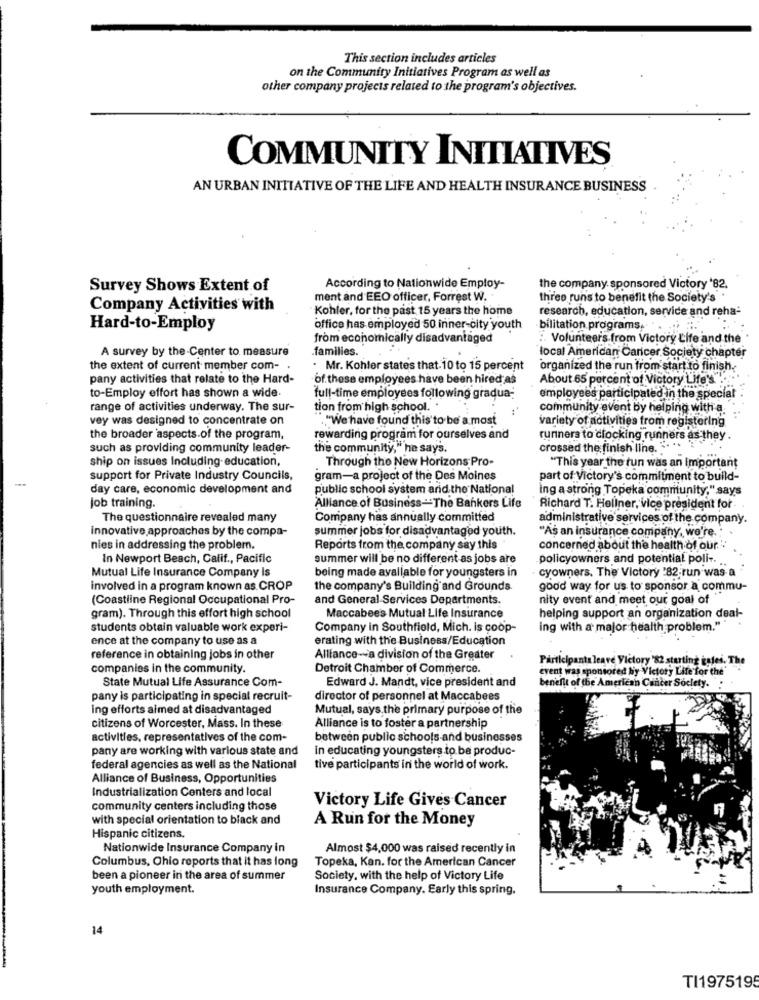
This section includes articles
on the Community Initiatives Program as well as
other company projects related to the program's objectives.
COMMUNITY INITIATIVES
AN URBAN INITIATIVE OF THE LIFE AND HEALTH INSURANCE BUSINESS
Survey Shows Extent of
According to Nationwide Employ-
the company. sponsored Victory '82.
ment and EEO officer, Forrest W.
three runs to benefit the Society's
Company Activities with
Kohler, for the past 15 years the home
research, education, service and reha-
Hard-to-Employ
office has employed 50 inner-city youth
bilitation programs,
from economically disadvantaged
:. Volunteers from Victory Life and the
A survey by the-Center to measure
families.
local American Cancer Society chapter
the extent of current member com- .
. Mr. Kohler states that. 10 to 15 percent
organized the run from start to finish.
pany activities that relate to the Hard-
of. these employees have been hired as
About 65 percent of Victory Life's
to-Employ effort has shown a wide.
full-time employees following gradua-
employees participated in the special
range of activities underway. The sur-
tion from high school. .
community event by helping with a
vey was designed to concentrate on
"."We have found this to be a most
variety of activities from registering
the broader aspects of the program,
rewarding program for ourselves and
runners to clocking runners as they
such as providing community leader-
the community," he says.
crossed the finish line. . "
ship on issues Including education,
Through the New Horizons Pro-
"This year the run was an Important
support for Private Industry Councils,
gram-a project of the Des Moines
part of Victory's commitment to build-
day care, economic development and
public school system and the National
ing a strong Topeka community," says
Job training.
Alliance of Business -- The Bankers Life
Richard T. Hellner, vice president for
The questionnaire revealed many
Company has annually committed
administrative services of the company.
innovative approaches by the compa-
summer jobs for disadvantaged youth.
"As an insurance company, we're.
nies in addressing the problem.
Reports from the company say this
concerned about the health of our
In Newport Beach, Calif ., Pacific
summer will be no different as jobs are
policyowners and potential poli -..
Mutual Life Insurance Company Is
being made available for youngsters in
cyowners. The Victory "82-run was a
involved in a program known as CROP
the company's Building and Grounds.
good way for us to sponsor a commu-
(Coastline Regional Occupational Pro-
and General-Services Departments.
nity event and meet our goal of
gram). Through this effort high school
Maccabees Mutual Life Insurance
helping support an organization deal-
students obtain valuable work experi-
Company in Southfield, Mich. is coop-
ing with a major health problem.""
ence at the company to use as a
erating with the Business/Education
reference in obtaining jobs in other
Alliance -- a division of the Greater
Participants leave Victory '82 starting estes. The
companies in the community.
Detroit Chamber of Commerce.
event was sponsored by Victory Life for the'
State Mutual Life Assurance Com-
Edward J. Mandt, vice president and
benefit of the American Cancer Society.
pany is participating in special recruit-
director of personnel at Maccabees
ing efforts aimed at disadvantaged
Mutual, says the primary purpose of the
citizens of Worcester, Mass. In these
Alliance is to foster a partnership
activities, representatives of the com-
between public schools and businesses
pany are working with various state and
in educating youngsters to be produc-
federal agencies as well as the National
tive participants in the world of work.
Alliance of Business, Opportunities
Industrialization Centers and local
Victory Life Gives Cancer
community centers including those
with special orientation to black and
A Run for the Money
Hispanic citizens.
Nationwide Insurance Company in
Almost $4,000 was raised recently in
Topeka, Kan. for the American Cancer
Columbus, Ohio reports that it has long
been a pioneer in the area of summer
Society, with the help of Victory Life
youth employment.
Insurance Company. Early this spring.
14
TI1975195